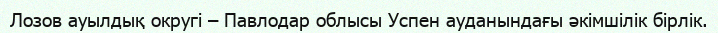
Лозов ауылдық округі – Павлодар облысы Успен ауданындағы әкімшілік бірлік.